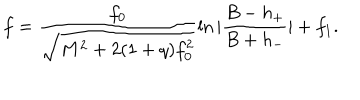
LaTeX: f = \frac { f _ { 0 } } { \sqrt { M ^ { 2 } + 2 ( 1 + q ) f _ { 0 } ^ { 2 } } } \ln | \frac { B - h _ { + } } { B + h _ { - } } | + f _ { 1 } .